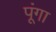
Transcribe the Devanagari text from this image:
पूंगा